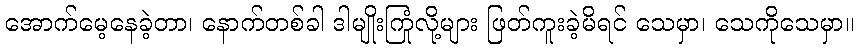
အောက်မေ့နေခဲ့တာ၊ နောက်တစ်ခါ ဒါမျိုးကြုံလို့များ ဖြတ်ကူးခဲ့မိရင် သေမှာ၊ သေကိုသေမှာ။